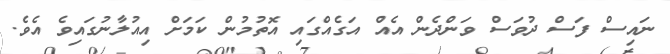
ނައިސް ފަސް ދުވަސް ވަންދެން އެއް އަގެއްގައި އޮތުމުން ކަމަށް އިއުލާނުގައިވެ އެވެ.